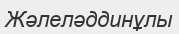
Жәлеләддинұлы